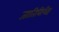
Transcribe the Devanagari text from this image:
जातिविशिष्ट